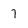
Character: 7